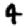
Digit: 4